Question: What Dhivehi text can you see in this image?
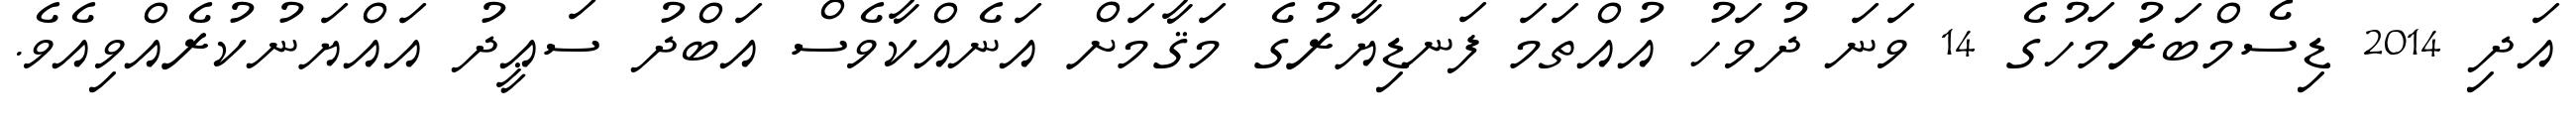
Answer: އަދި 2014 ޑިސެމްބަރުމަހުގެ 14 ވަނަ ދުވަހު އުއްތަމަ ފަނޑިޔާރުގެ މަޤާމަށް އަނެއްކާވެސް އަބްދު ސަޢީދު އައްޔަނުކުރެއްވިއެވެ.